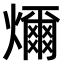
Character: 𤐨